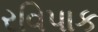
રવિપાક